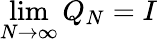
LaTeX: \operatorname*{lim}_{N\to\infty}Q_{N}=I